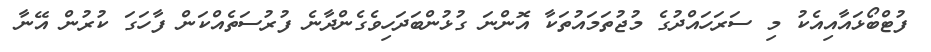
ފުޓްބޯޅައާއިއެކު މި ސަރަހައްދުގެ މުޖުތަމައުތަކާ އޮންނަ ގުޅުންބަދަހިވެގެންދާނެ ފުރުސަތެއްކަން ފާހަގަ ކުރުން އޭނާ